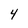
Character: 4